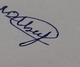
Signature authenticity: genuine